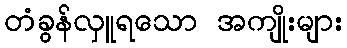
တံခွန်လှူရသော အကျိုးများ